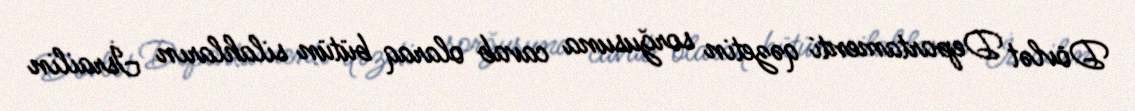
Dövlət Departamenti qəzetin sorğusuna cavab olaraq bütün silahların İsrailin